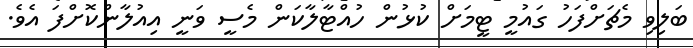
ބަލިވި މެޗަށްފަހު ގައުމީ ޓީމަށް ކުޅުން ހުއްޓާލާކަން މެސީ ވަނީ އިއުލާންކޮށްފަ އެވެ.